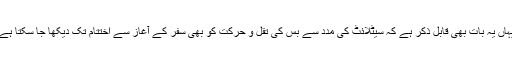
یہاں یہ بات بھی قابل ذکر ہے کہ سیٹلائٹ کی مدد سے بس کی تقل و حرکت کو بھی سفر کے آغاز سے اختتام تک دیکھا جا سکتا ہے۔